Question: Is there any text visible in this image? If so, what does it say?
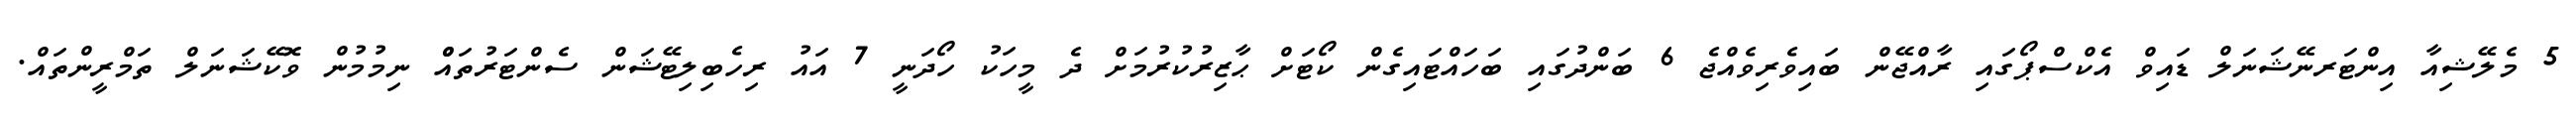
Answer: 5 މެލޭޝިއާ އިންޓަރނޭޝަނަލް ޑައިވް އެކްސްޕޯގައި ރާއްޖޭން ބައިވެރިވެއްޖެ 6 ބަންދުގައި ބަހައްޓައިގެން ކޯޓަށް ޙާޒިރުކުރުމަށް ދެ މީހަކު ހޯދަނީ 7 އައު ރިހެބިލިޓޭޝަން ސެންޓަރުތައްް ނިމުމުން ވޮކޭޝަނަލް ތަމްރީންތައް.